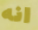
انه